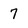
Character: 7